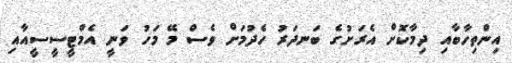
އިންތިހާބާއި ދިމާކޮށް އެރަށުގެ ބަނދަރު ހެދުމަށް ވެސް މޭ މަހު ވަނީ އެމްޓީސީސީއާއި